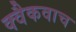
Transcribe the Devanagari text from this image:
क्वैकवाच